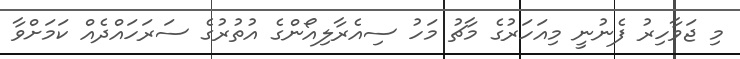
މި ޖަވާހިރު ފެނުނީ މިއަހަރުގެ މާޗު މަހު ސިއެރާލިއޯންގެ އުތުރުގެ ސަރަހައްދެއް ކަމަށްވާ